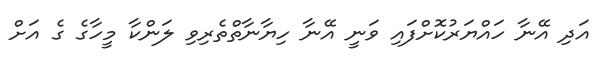
އަދި އޭނާ ހައްޔަރުކޮށްފައި ވަނީ އޭނާ ހިޔާނާތްތެރިވި ލަންކާ މީހާގެ ގެ އަށް